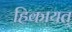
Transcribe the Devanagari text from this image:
हिकायत्‌